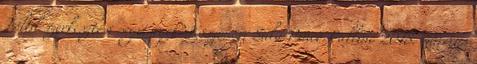
Tőled szerkesztési segítséget? Köszönöm Salu Pinco Pallino 2018. március